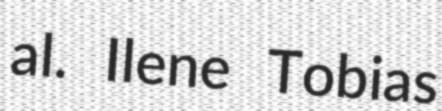
al. Ilene Tobias